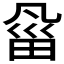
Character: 𰣇